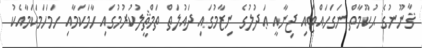
ޤާނޫނުގެ ޙުކޫމާތް ނަގަހައްޓައި ޖިނާއީ ޢަދުލުގެ ނިޒާމުގައި ދައުލަތް ތަމްޘީލުކުރުމުގައި ހާމަކަމާއި ހަމަހަމަކަމާއެކު